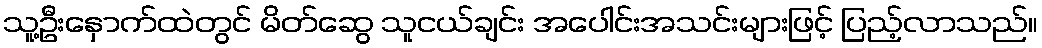
သူ့ဦးနှောက်ထဲတွင် မိတ်ဆွေ သူငယ်ချင်း အပေါင်းအသင်းများဖြင့် ပြည့်လာသည်။